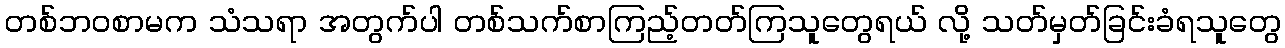
တစ်ဘဝစာမက သံသရာ အတွက်ပါ တစ်သက်စာကြည့်တတ်ကြသူတွေရယ် လို့ သတ်မှတ်ခြင်းခံရသူတွေ